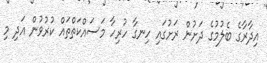
އިދާރާގެ ބެލުމުގެ ދަށުން ރަށުގައި ހިނގާ ހުރިހާ މަސައްކަތްތައް ކުރުވުން އަދި މި